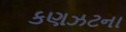
કણઝટના